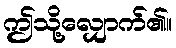
ဤသို့လျှောက်၏။